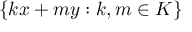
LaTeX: \{ k x + m y : k , m \in K \}